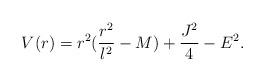
LaTeX: \begin{align*}V(r)=r^2(\frac{r^2}{l^2}-M)+\frac{J^2}{4}-E^2.\end{align*}